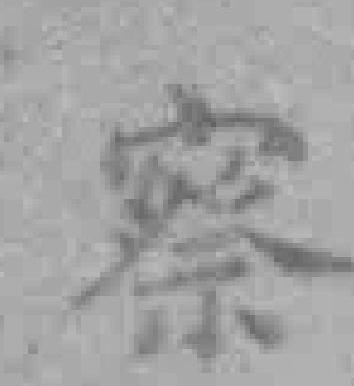
察